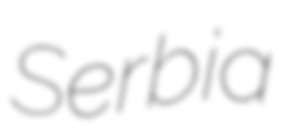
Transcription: Serbia